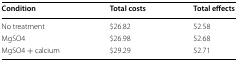
| Condition | Total costs | Total effects |
 | --- | --- | --- |
 | No treatment | $26.82 | 52.58 |
 | MgSO4 | $26.98 | 52.68 |
 | MgSO4 + calcium | $29.29 | 52.71 |